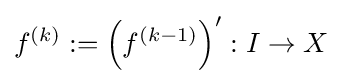
f^{(k)}:=\left(f^{(k-1)}\right)^{\prime }:I\to X